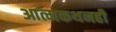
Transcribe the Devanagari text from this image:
आत्मकथनही